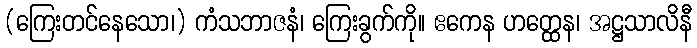
(ကြေးတင်နေသော၊) ကံသဘာဇနံ၊ ကြေးခွက်ကို။ ဧကေန ဟတ္ထေန၊ အဋ္ဌသာလိနီ